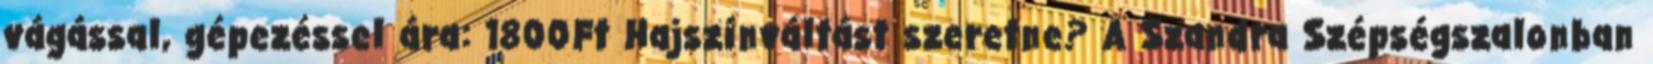
vágással, gépezéssel ára: 1800Ft Hajszínváltást szeretne? A Szandra Szépségszalonban